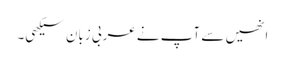
انھیں سے آپ نے عربی زبان سیکھی۔